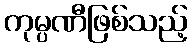
ကုမ္ပဏီဖြစ်သည့်